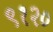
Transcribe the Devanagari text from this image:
९१२०